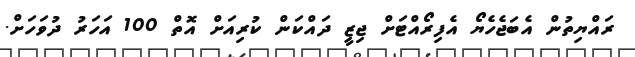
ރައްޔިތުން އެބަޖެހެޔޯ އެފިރޯއްޓަށް ޖިޒީ ދައްކަން ކުރިއަށް އޮތް 100 އަހަރު ދުވަހަށް.